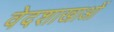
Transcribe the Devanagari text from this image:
वेदशाखाओं